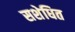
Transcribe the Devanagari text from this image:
सशेधित